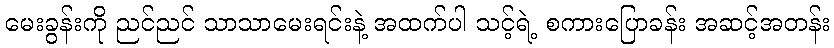
မေးခွန်းကို ညင်ညင် သာသာမေးရင်းနဲ့ အထက်ပါ သင့်ရဲ့ စကားပြောခန်း အဆင့်အတန်း